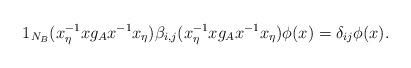
LaTeX: \begin{align*}1_{N_B}(x_{\eta}^{-1} x g_{A}x^{-1}x_{\eta})\beta_{i,j}(x_{\eta}^{-1}x g_{A}x^{-1}x_{\eta})\phi(x) =\delta_{ij}\phi(x).\end{align*}